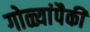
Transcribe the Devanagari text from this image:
गोळ्यांपैकी